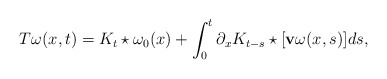
\begin{align*}T\omega(x,t)=K_t\star\omega_0(x)+\int_0^t\partial_x K_{t-s}\star[\mathbf{v} \omega(x,s)] ds,\end{align*}